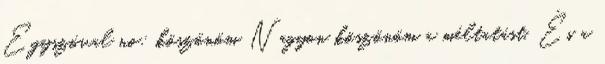
Egyszóval no: köszönöm Nagyon köszönöm a méltatást. És a